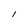
Character: l